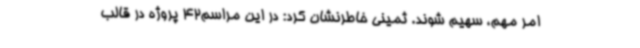
امر مهم، سهیم شوند. ثمینی خاطرنشان کرد: در این مراسم42 پروژه در قالب